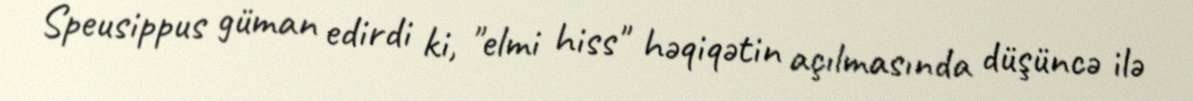
Speusippus güman edirdi ki, "elmi hiss" həqiqətin açılmasında düşüncə ilə